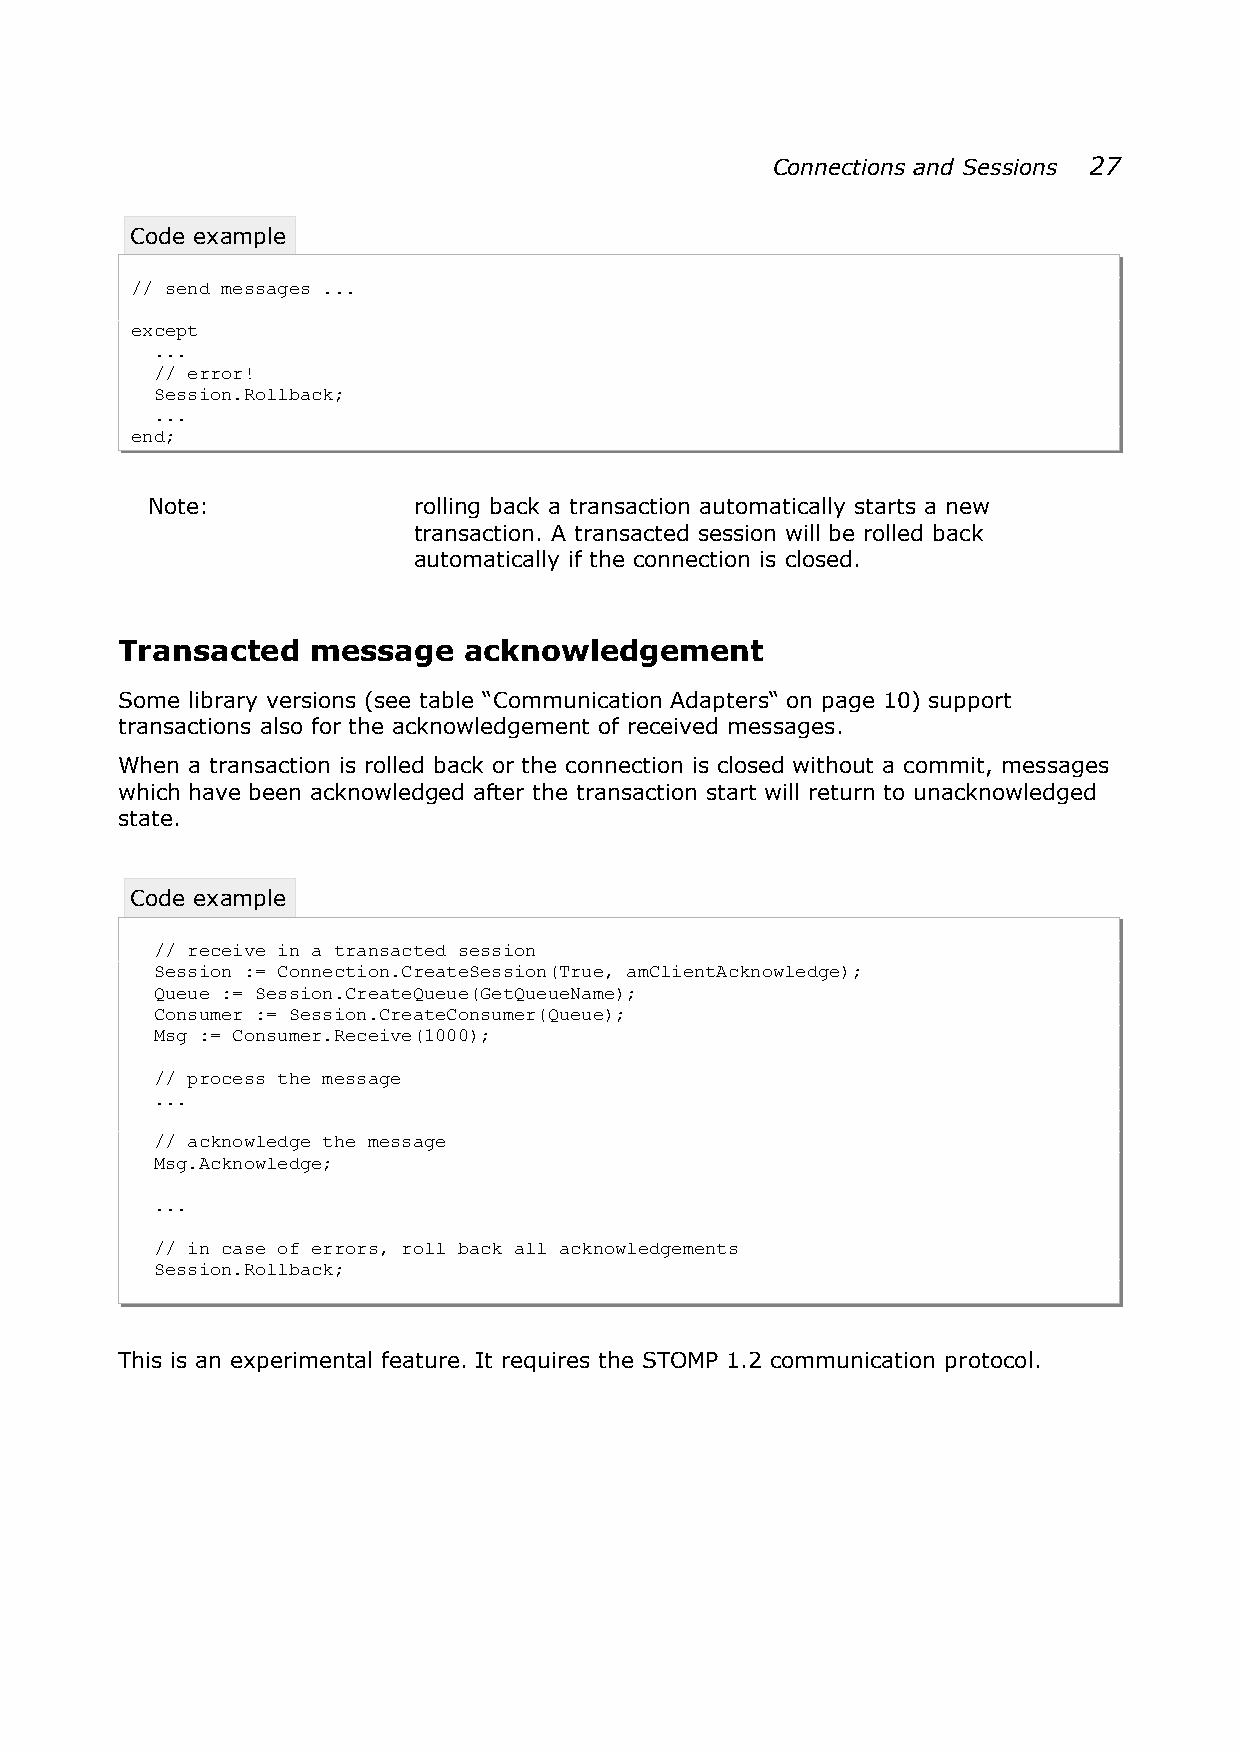
Connections and Sessions 27
 Code example
 // send messages ...
 except
 ...
 // error!
 Session.Rollback;
 ...
 end;
 Note:            rolling back a transaction automatically starts a new
 transaction. A transacted session will be rolled back
 automatically if the connection is closed.
 Transacted   message   acknowledgement
 Some library versions (see table “Communication Adapters“ on page 10) support
 transactions also for the acknowledgement of received messages.
 When a transaction is rolled back or the connection is closed without a commit, messages
 which have been acknowledged after the transaction start will return to unacknowledged
 state.
 Code example
 // receive in a transacted session
 Session := Connection.CreateSession(True, amClientAcknowledge);
 Queue := Session.CreateQueue(GetQueueName);
 Consumer := Session.CreateConsumer(Queue);
 Msg := Consumer.Receive(1000);
 // process the message
 ...
 // acknowledge the message
 Msg.Acknowledge;
 ...
 // in case of errors, roll back all acknowledgements
 Session.Rollback;
 This is an experimental feature. It requires the STOMP 1.2 communication protocol.